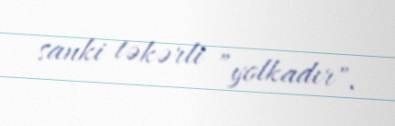
sanki təkərli ”yolkadır".